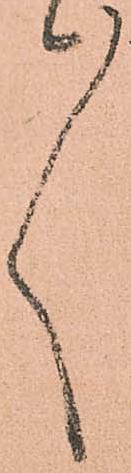
々